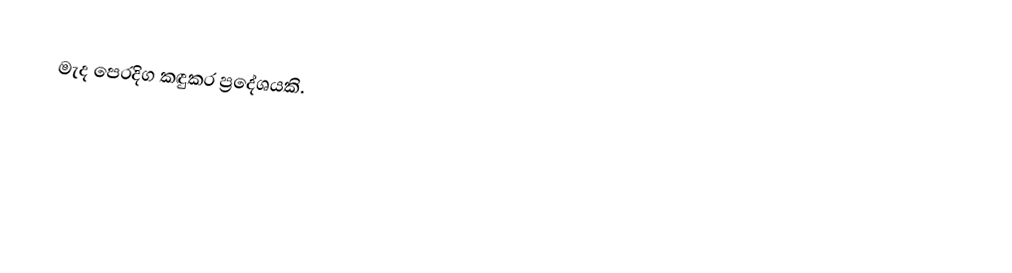
මැද පෙරදිග කඳුකර ප්‍රදේශයකි.